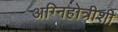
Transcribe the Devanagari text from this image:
अग्निहोत्रीशी